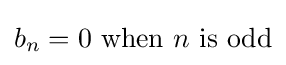
b_{n}=0{\text{ when }}n{\text{ is odd}}